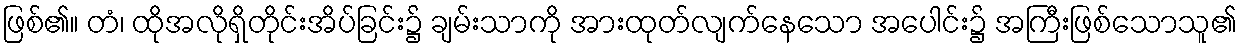
ဖြစ်၏။ တံ၊ ထိုအလိုရှိတိုင်းအိပ်ခြင်း၌ ချမ်းသာကို အားထုတ်လျက်နေသော အပေါင်း၌ အကြီးဖြစ်သောသူ၏